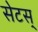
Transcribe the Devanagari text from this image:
सेटस्